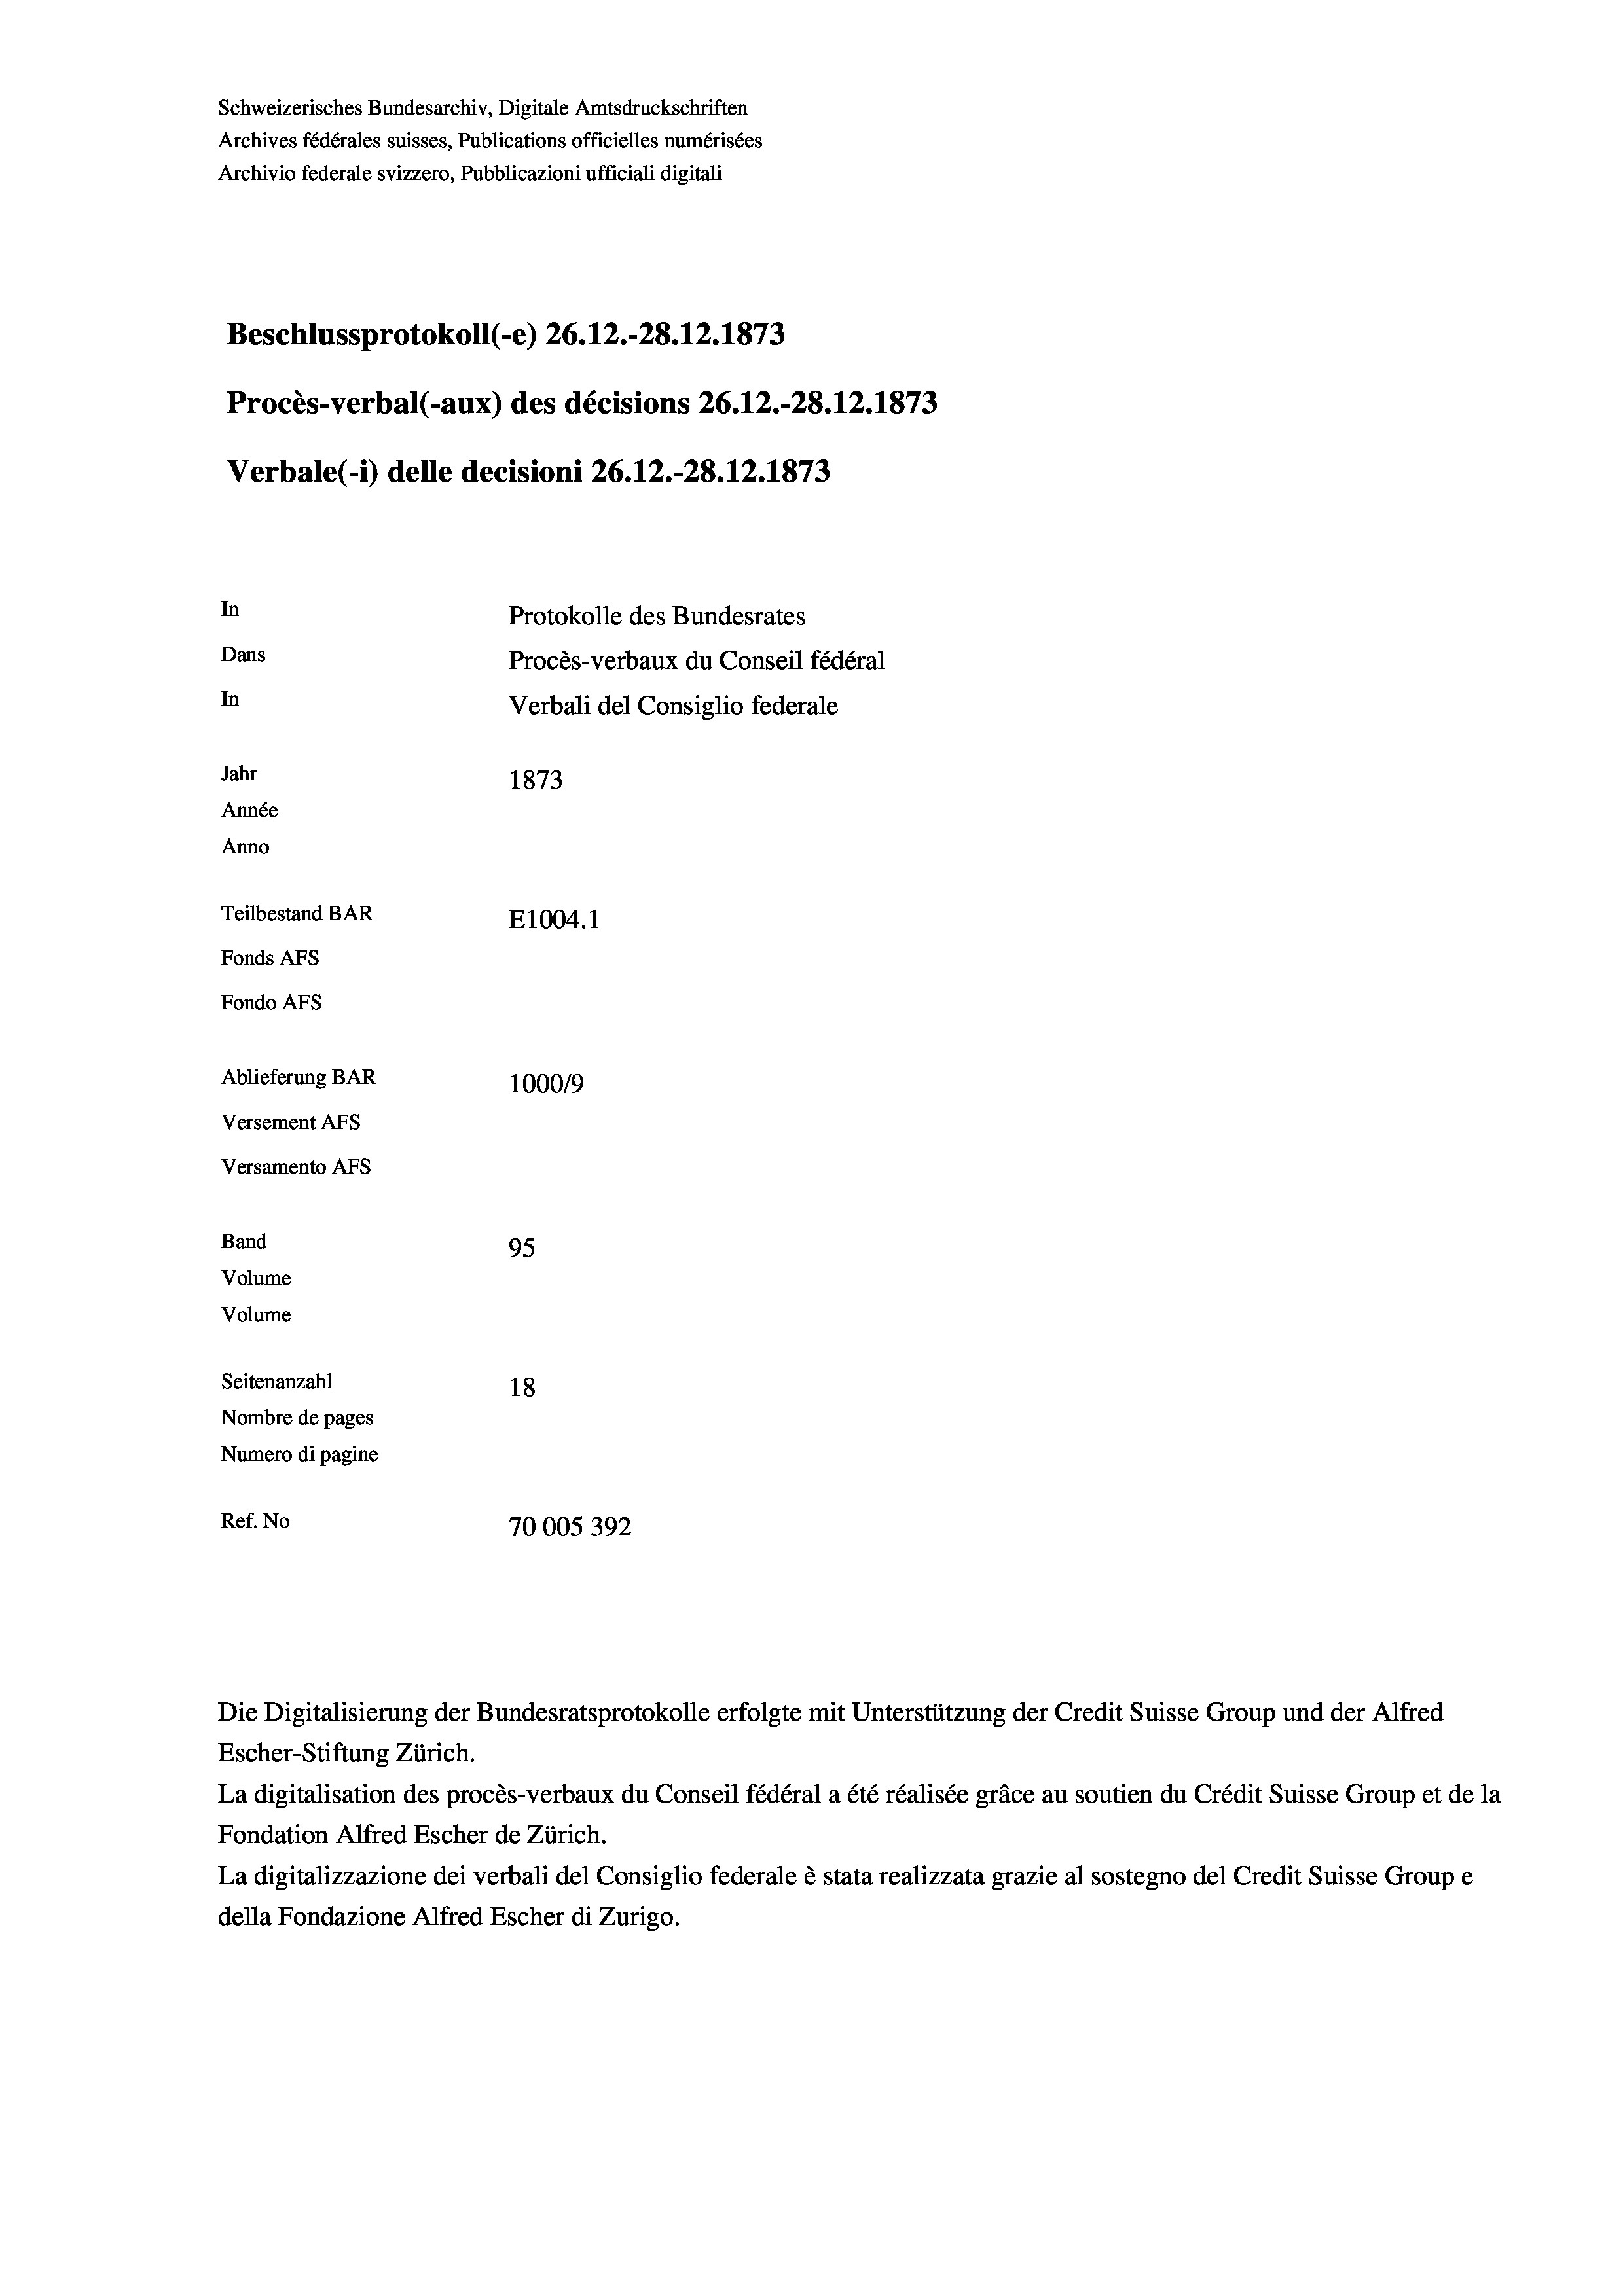
Schweizerisches Bundesarchiv, Digitale Amtsdruckschriften
Archives fédérales suisses, Publications officielles numérisées
Archivio federale svizzero, Pubblicazioni ufficiali digitali
Beschlussprotokoll (-e) 26.12.-28.12.1873
Procès-verbal (-aux) des décisions 26.12.-28.12.1873
Verbale (- 1) delle decisioni 26.12.-28.12.1873
In
Protokolle des Bundesrates
Dans
Procès-verbaux du Conseil fédéral
In
Verbali del Consiglio federale
Jahr
1873
Année
Anno
Teilbestand BAR
E1004. 1
Fonds AFs
Fondo AFS
Ablieferung BAR
100019
Versement AFs
Versamento AFs
Band
95
Volume
Volume
Seitenanzahl
18
Nombre de pages
Numero di pagine
Ref. No
70005392

Die Digitalisierung der Bundesratsprotokolle erfolgte mit Unterstützung der Credit Suisse Group und der Alfred
Escher-Stiftung Zürich.
La digitalisation des procès-verbaux du Conseil fédéral a été réalisée gräce au soutien du Crédit Suisse Group et de la
Fondation Alfred Escher de Zürich.
La digitalizzazione dei verbali del Consiglio federale è stata realizzata grazie al sostegno del Credit Suisse Groupe
della Fondazione Alfred Escher di Zurigo.